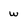
Character: w